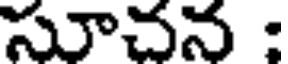
సూచన :